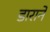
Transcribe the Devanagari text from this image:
डाराने